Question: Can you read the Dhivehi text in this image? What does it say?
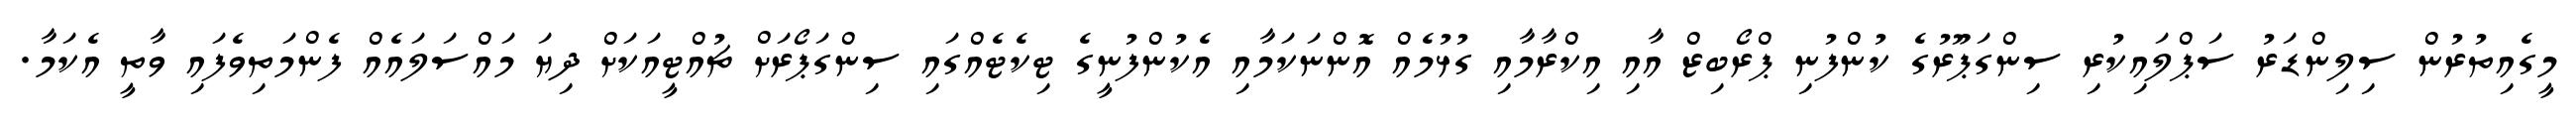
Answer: މީގެއިތުރުން ސިލިންޑަރު ސަޕްލައިކުރި ސިންގަޕޫރުގެ ކުންފުނި ޕްރޯބިޒް އާއި އިކްރާމާއި ގުޅުމެއް އޮންނަކަމާއި އެކުންފުނީގެ ޓިކެޓެއްގައި ސިންގަޕޯރަށް ޗުއްޓީއަކަށް ދިޔަ މައްސަލައެއް ފެންމަތިވެފައި ވާތީ އެކަމާ.